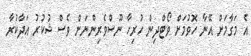
އެ މަގާމަށް އޭނާ ހޮވުމަށް ވޯޓްދިން ހުރިހާ ނޫސްވެރިންނަށް ވެސް ޝުކުރު އަދާކުރާ